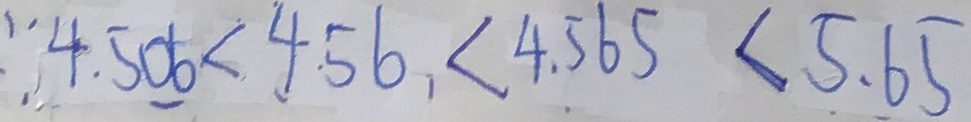
4 . 5 0 6 < 4 . 5 6 < 4 . 5 6 5 < 5 . 6 5